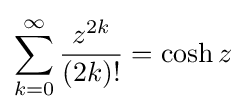
\sum _{k=0}^{\infty }{\frac {z^{2k}}{(2k)!}}=\cosh z